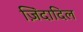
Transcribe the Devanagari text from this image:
ज़िंदादिल